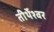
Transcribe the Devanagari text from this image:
तीर्थेश्वर